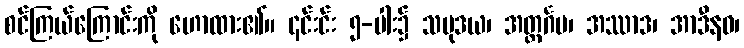
စင်ကြယ်ကြောင်းကို ဟောထား၏။ ၎င်းင်း ၅-ပါး၌ သမုဒယ၊ အတ္ထင်္ဂမ၊ အဿာဒ၊ အာဒီနဝ၊